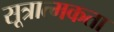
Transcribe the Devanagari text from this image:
सूत्रात्मकता